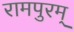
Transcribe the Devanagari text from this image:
रामपुरम्